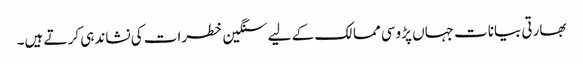
بھارتی بیانات جہاں پڑوسی ممالک کے لیے سنگین خطرات کی نشاندہی کر تے ہیں۔